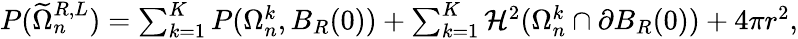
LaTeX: \begin{array}{r}{P(\widetilde\Omega_{n}^{R,L})=\sum_{k=1}^{K}P(\Omega_{n}^{k},B_{R}(0))+\sum_{k=1}^{K}\mathcal H^{2}(\Omega_{n}^{k}\cap\partial B_{R}(0))+4\pi r^{2},}\end{array}